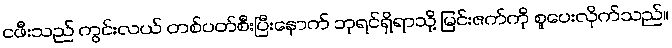
ငဖီးသည် ကွင်းလယ် တစ်ပတ်စီးပြီးနောက် ဘုရင်ရှိရာသို့ မြင်းဇက်ကို စူပေးလိုက်သည်။